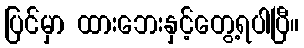
ပြင်မှာ ထားဘေးနှင့်တွေ့ရပါပြီ။